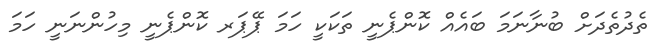
ތެދުތެދަށް ބުނާނަމަ ބައެއް ކޮންޕެނީ ތަކަކީ ހަމަ ޕޭޕަަރ ކޮންޕެނީ މިހުންނަނީ ހަމަ